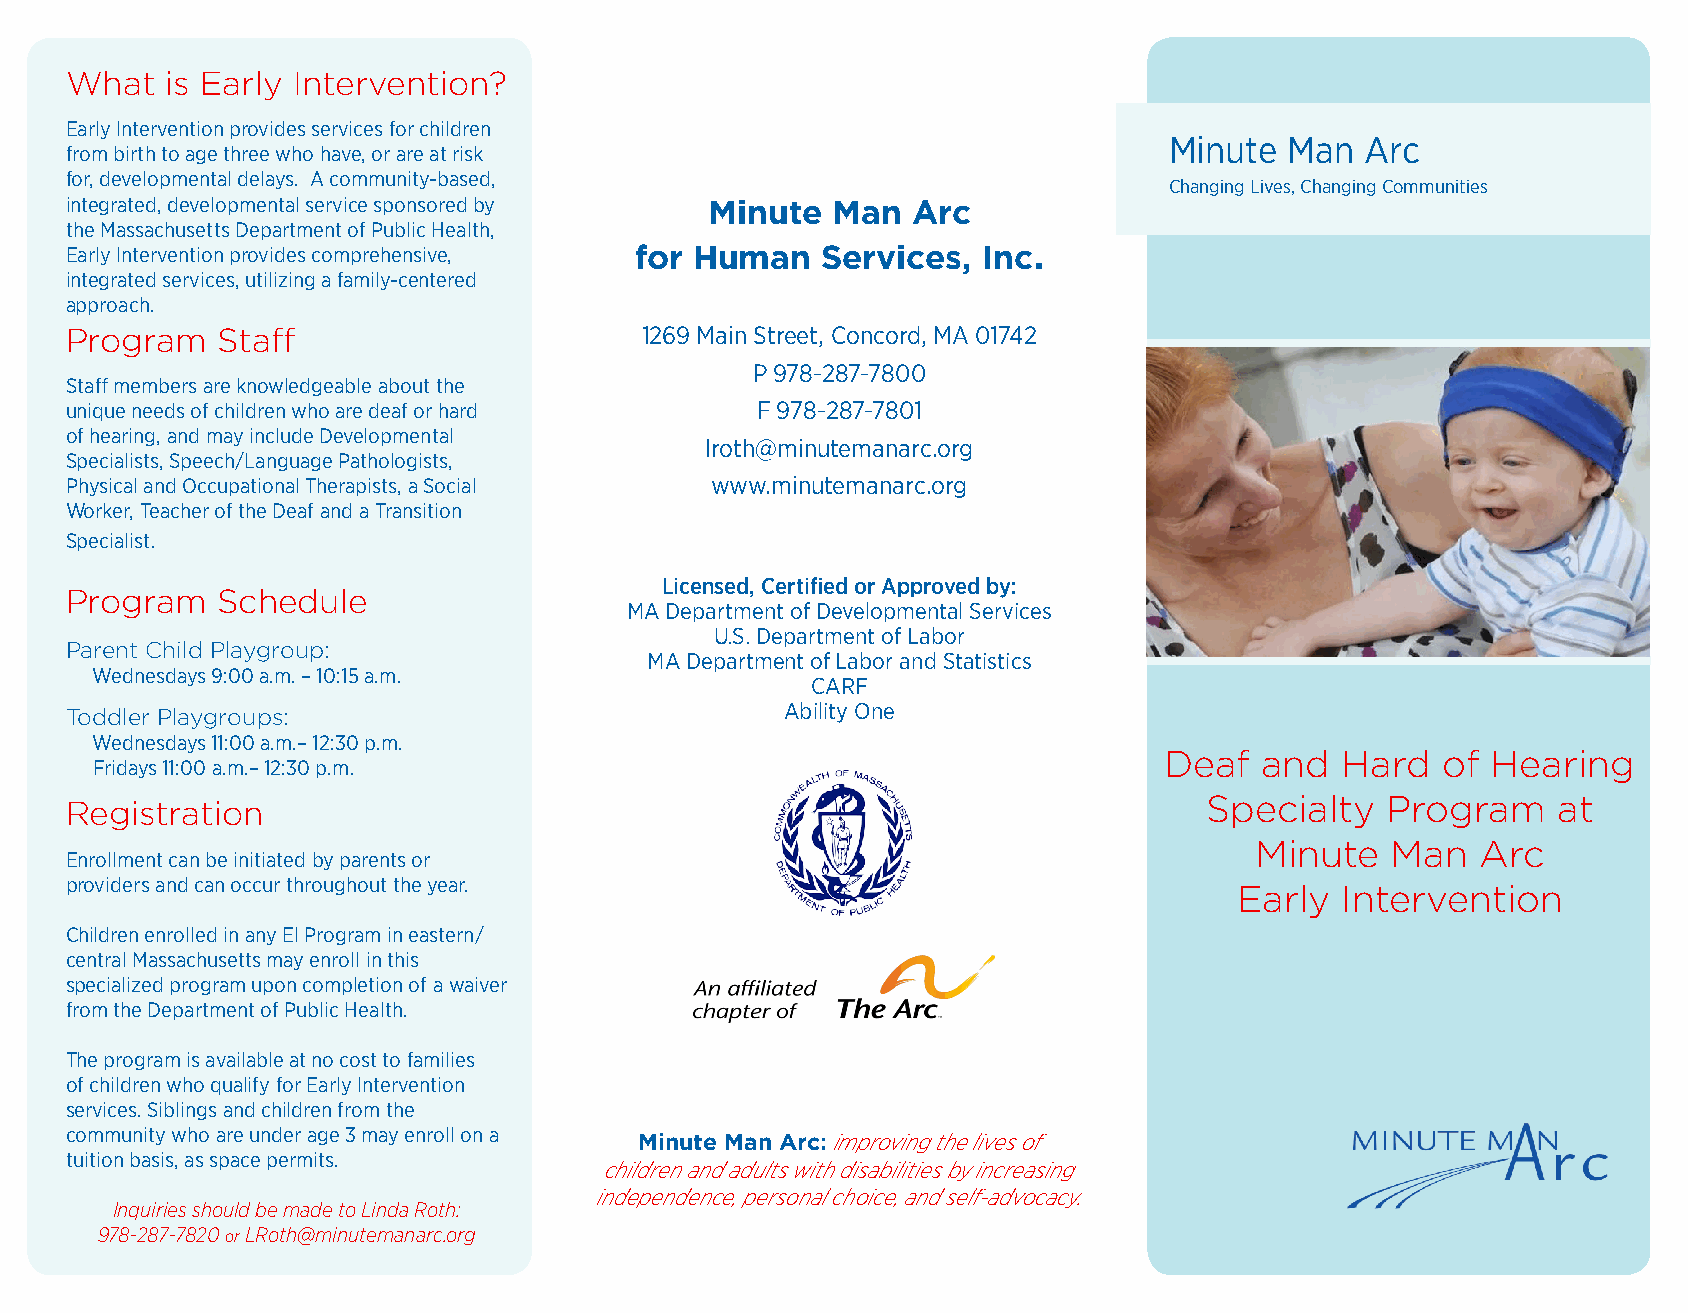
What   is Early Intervention?
 Early Intervention provides services for children
 Minute  Man  Arc
 from birth to age three who have, or are at risk                           Minute  Man  Arc
 for, developmental delays. A community-based,
 ChaCnhgainngg Liinvegs ,L Civheansg, iCngh aCnomgimnugn Citioesmmunities
 integrated, developmental service sponsored by Minute Man Arc
 the Massachusetts Department of Public Health,
 Early Intervention provides comprehensive, for Human Services, Inc.
 Hintoewgr adteod w seer vpicaeys, fuotirli ztihnge sae f asmeirlyv-icceenste?red
 approach.
 Program   Staff                       1269 Main Street, Concord, MA 01742
 P 978-287-7800
 Staff members are knowledgeable about the
 unique needs of children who are deaf or hard F 978-287-7801
 of hearing, and may include Developmental
 lroth@minutemanarc.org
 Specialists, Speech/Language Pathologists,
 Physical and Occupational Therapists, a Social www.minutemanarc.org
 Worker, Teacher of the Deaf and a Transition
 Specialist.
 Licensed, Certified or Approved by:
 Program   Schedule
 MA Department of Developmental Services
 U.S. Department of Labor
 Parent Child Playgroup:
 MA Department of Labor and Statistics
 Wednesdays 9:00 a.m. – 10:15 a.m.
 CARF
 Toddler Playgroups:                             Ability One
 Wednesdays 11:00 a.m.– 12:30 p.m.
 Deaf   and  Hard  of  Hearing
 Fridays 11:00 a.m.– 12:30 p.m.
 Specialty   Program    at
 Registration
 Minute   Man   Arc
 Enrollment can be initiated by parents or
 providers and can occur throughout the year.                                  Early  Intervention
 Children enrolled in any EI Program in eastern/
 central Massachusetts may enroll in this
 specialized program upon completion of a waiver
 from the Department of Public Health.
 The program is available at no cost to families
 of children who qualify for Early Intervention
 services. Siblings and children from the
 community who are under age 3 may enroll on a Minute Man Arc: improving the lives of
 tuition basis, as space permits.
 children and adults with disabilities by increasing
 independence, personal choice, and self-advocacy.
 Inquiries should be made to Linda Roth:
 978-287-7820 or LRoth@minutemanarc.org